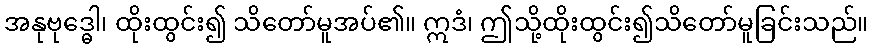
အနုဗုဒ္ဓေါ၊ ထိုးထွင်း၍ သိတော်မူအပ်၏။ ဣဒံ၊ ဤသို့ထိုးထွင်း၍သိတော်မူခြင်းသည်။